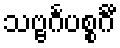
သဗ္ဗင်္ဂပစ္စင်္ဂီ